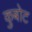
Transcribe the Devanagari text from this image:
कुबोट